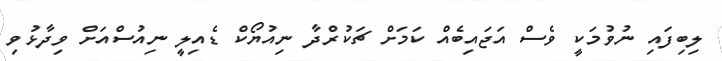
ލިބިފައި ނުވުމަކީ ވެސް އަޖައިބެެއް ކަމަށް ޗަކުރްދާ ނިއުޔޯކް ޑެއިލީ ނިއުސްއަށް ވިދާޅުވި